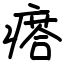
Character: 瘩